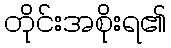
တိုင်းအစိုးရ၏